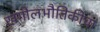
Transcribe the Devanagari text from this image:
खगोलभौतिकीचा